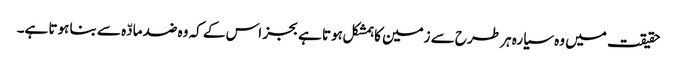
حقیقت میں وہ سیارہ ہر طرح سے زمین کا ہمشکل ہوتا ہے بجز اس کے کہ وہ ضد مادّہ سے بنا ہوتا ہے۔